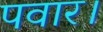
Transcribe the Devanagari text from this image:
पवार।